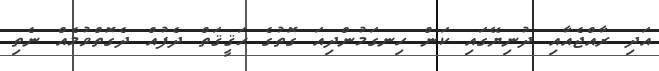
އަދި ރާއްޖެއާއި ދުނިޔޭގައި ކަން ހިނގަމުންދިއަ ގޮތުގެ ޙަޤީޤަތް ދެފުއް ދެގޮތްވުމެއް ނެތި